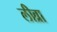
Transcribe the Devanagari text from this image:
लीब्रा